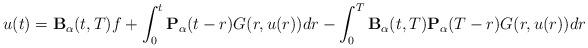
LaTeX: \begin{align*} u(t)= {\bf B}_\alpha(t, T) f &+ \int_0^t {\bf P}_\alpha (t-r) G(r,u(r)) dr - \int_0^{ T} {\bf B}_\alpha(t, T) { \bf P}_{\alpha } (T-r) G(r,u(r)) dr \end{align*}